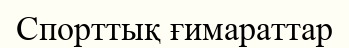
Спорттық ғимараттар